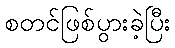
စတင်ဖြစ်ပွားခဲ့ပြီး